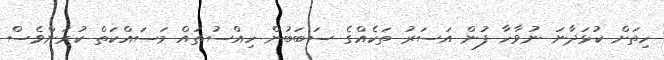
ހިތަށް ކުޅަދާނަ ނުވާހާ ފުން އަސަރު ތަކެއްގެ ސަބަބުން ހިއްސުތައް މަސައްކަތް ކުރަންވެސް